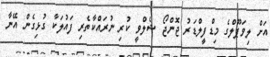
އަށް ލިވަޕޫލްގެ މިޑްފީލްޑަރު ޖޮންޖޯ ޝެލްވީ ކުރި ނުރައްކާތެރި ފައުލަކާ ގުޅިގެން އޭނާ